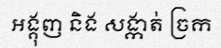
អង្គុញ និង សង្កាត់ ច្រក